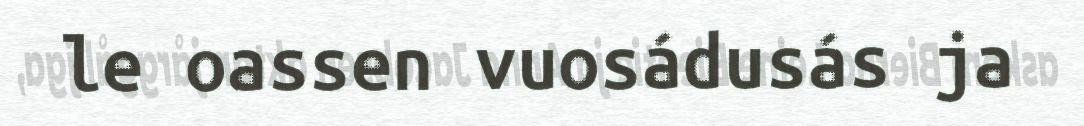
le oassen vuosádusás ja